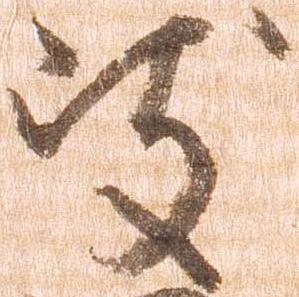
岐